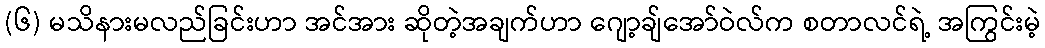
(၆) မသိနားမလည်ခြင်းဟာ အင်အား ဆိုတဲ့အချက်ဟာ ဂျော့ချ်အော်ဝဲလ်က စတာလင်ရဲ့ အကြွင်းမဲ့